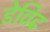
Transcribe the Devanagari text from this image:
डेविढ